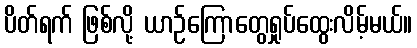
ပိတ်ရက် ဖြစ်လို့ ယာဉ်ကြောတွေရှုပ်ထွေးလိမ့်မယ်။